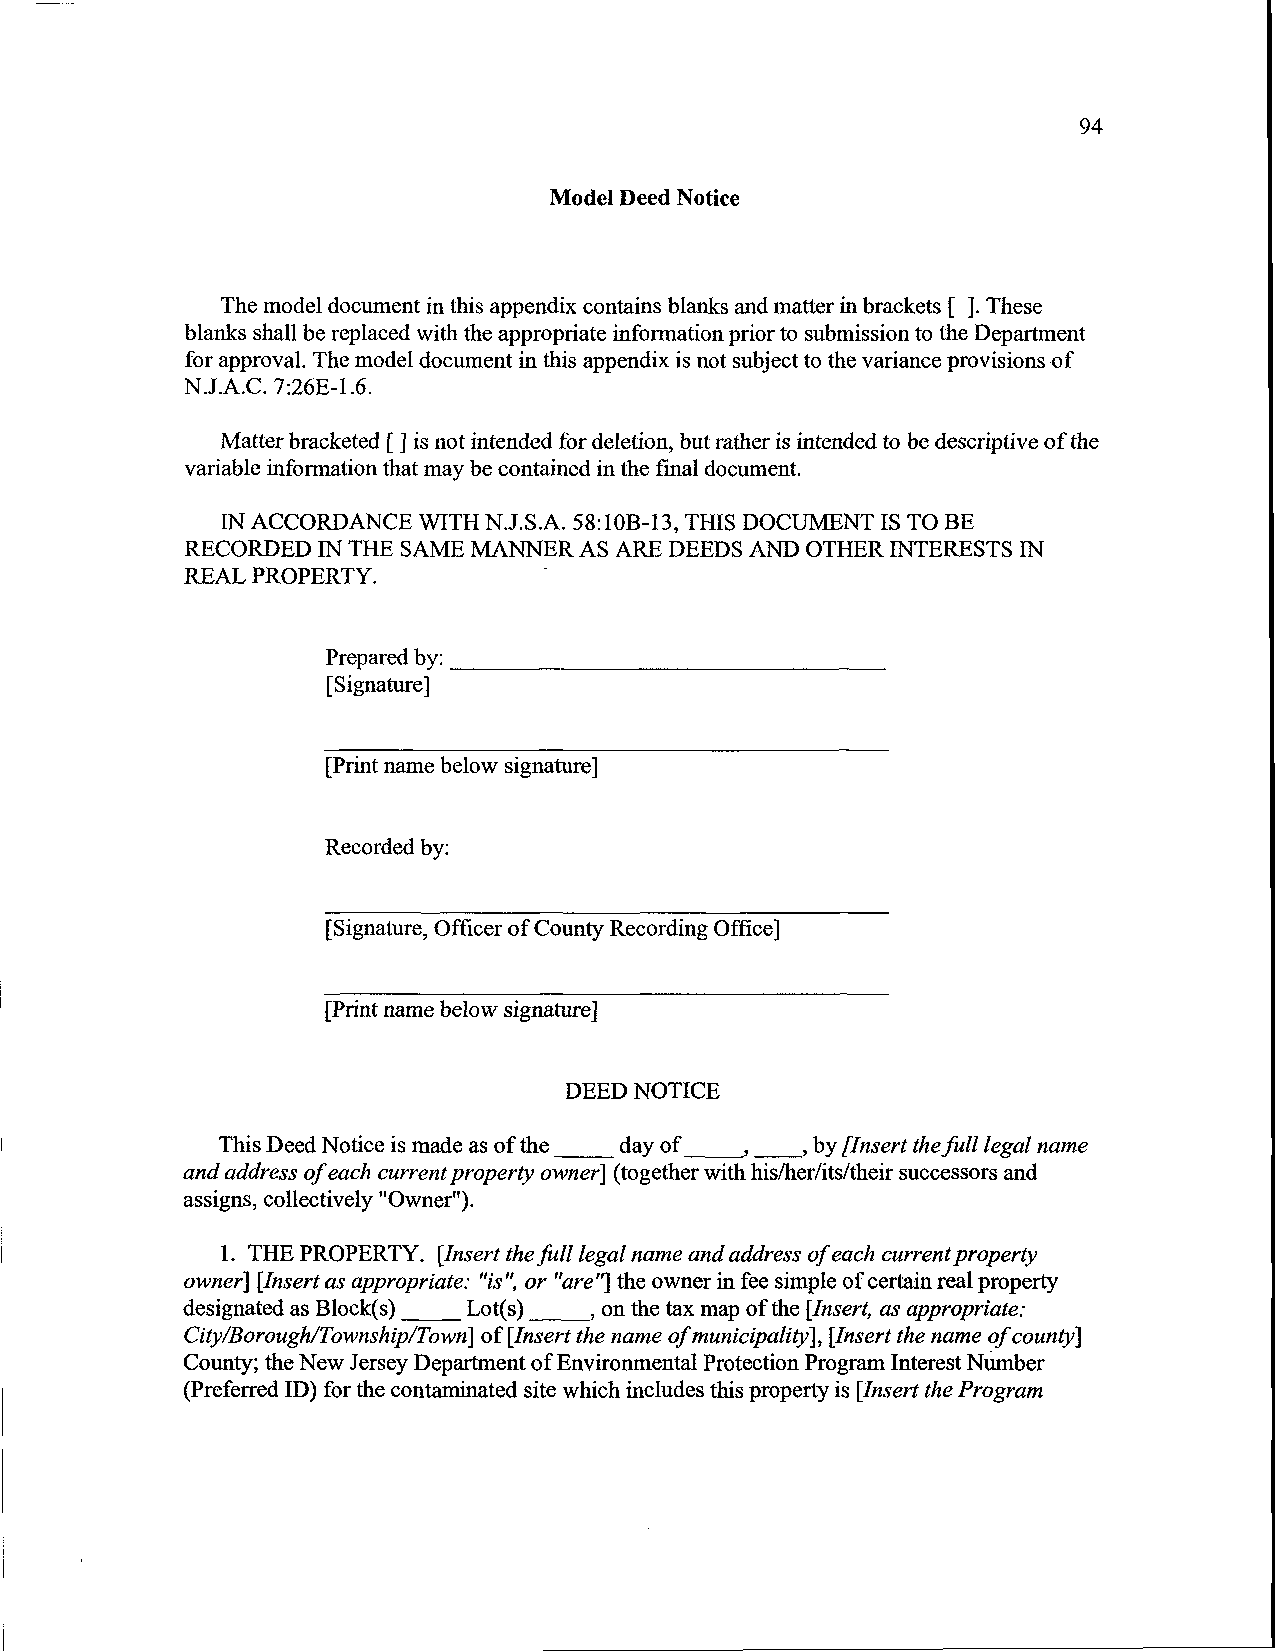
94
 Model Deed Notice
 The model document in this appendix contains blanks and matter in brackets [ ]. These
 blanks shall be replaced with the appropriate information prior to submission to the Department
 for approval. The model document in this appendix is not subject to the variance provisions of
 N.J.A.C. 7:26E-1.6.
 Matter bracketed [ ] is not intended for deletion, but rather is intended to be descriptive of the
 variable information that may be contained in the fmal document.
 IN ACCORDANCE WITH N.J.S.A. 58:10B-13, THIS DOCUMENT IS TO BE
 RECORDED IN THE SAME MANNER AS ARE DEEDS AND OTHER INTERESTS IN
 REAL PROPERTY.
 Prepared by:
 [Signature]
 [Print name below signature]
 Recorded by:
 [Signature, Officer of County Recording Office]
 [Print name below signature]
 DEED NOTICE
 This Deed Notice is made as of the day of , by [Insert the full legal name
 and address of each current property owner] (together with his/her/its/their successors and
 assigns, collectively "Owner").
 1. THE PROPERTY. [Insert the full legal name and address of each current property
 owner] [Insert as appropriate: "is", or "are"]th e owner in fee simple of certain real property
 designated as Block(s) Lot(s) , on the tax map of the [Insert, as appropriate:
 City/Borough/Township/Town] of [Insert the name of municipality], [Insert the name of county]
 County; the New Jersey Department of Environmental Protection Program Interest Number
 (Preferred ID) for the contaminated site which includes this property is [Insert the Program